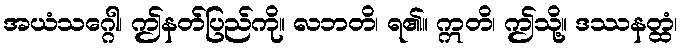
အယံသဂ္ဂေါ၊ ဤနတ်ပြည်ကို။ လဘတိ၊ ရ၏။ ဣတိ၊ ဤသို့။ ဒဿနတ္ထံ၊